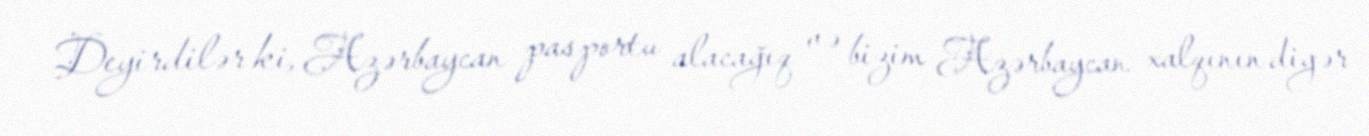
Deyirdilər ki, Azərbaycan pasportu alacağıq və bizim Azərbaycan xalqının digər